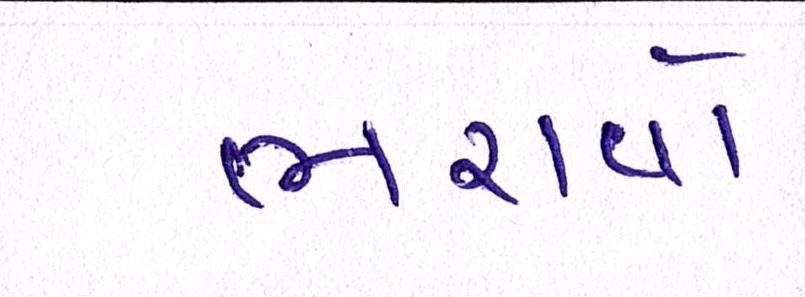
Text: ભરાવોઃ